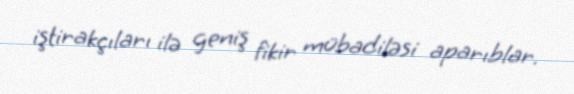
iştirakçıları ilə geniş fikir mübadiləsi aparıblar.